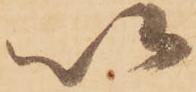
以